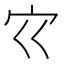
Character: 𰌳